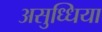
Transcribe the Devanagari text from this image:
असुध्धिया